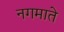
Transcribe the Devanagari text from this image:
नगमाते